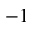
^ { - 1 }